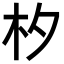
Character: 𣏐